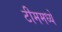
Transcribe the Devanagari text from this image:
टीममध्ये